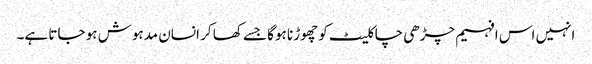
انہیں اس افہیم چڑھی چاکلیٹ کو چھوڑنا ہوگا جسے کھا کر انسان مدہوش ہو جاتا ہے۔